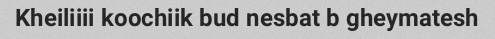
Kheiliiii koochiik bud nesbat b gheymatesh